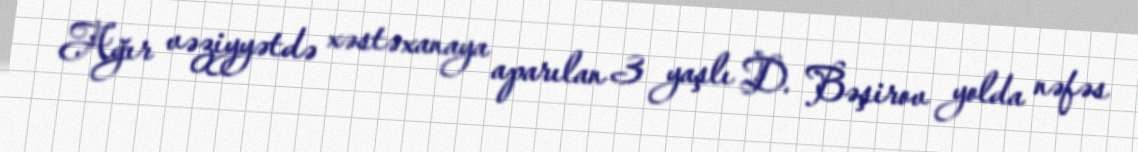
Ağır vəziyyətdə xəstəxanaya aparılan 3 yaşlı D. Bəşirov yolda nəfəs